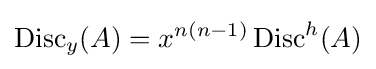
\operatorname {Disc} _{y}(A)=x^{n(n-1)}\operatorname {Disc} ^{h}(A)